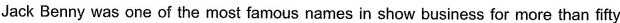
Jack Benny was one of the most famous names in show business for more than fifty